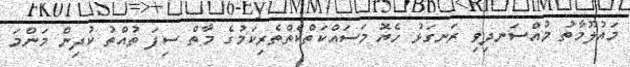
މައުލޫމާތު މުއްސަނދިވި ރަނގަޅު ހެޔޮ މަސައްކަތްކެތްތެރިކަމުގެ މާތް ސިފަ ތުއްތު ކުދިން މަންމަ